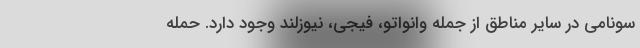
سونامی در سایر مناطق از جمله وانواتو، فیجی، نیوزلند وجود دارد. حمله